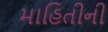
માહિતીની